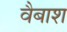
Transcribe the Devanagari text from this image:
वैबाश